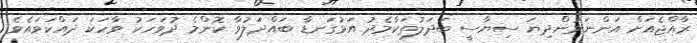
ރާއްޖެއަށް އަންނަމުންދިޔަ ސިޔާސީ ބަދަލުތަކާމެދު އަޅުގަނޑާ ބައްދަލުވާ ކޮންމެ ދުވަހަކު ވާހަކަ ދައްކަވައެވެ.